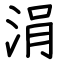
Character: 涓